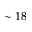
\sim 1 8